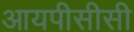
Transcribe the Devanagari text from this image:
आयपीसीसी